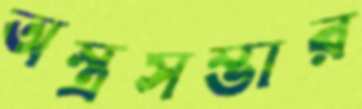
অস্ত্রসম্ভার